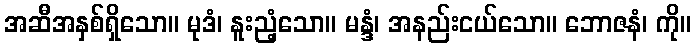
အဆီအနှစ်ရှိသော။ မုဒံ၊ နူးညံ့သော။ မန္ဒံ၊ အနည်းငယ်သော။ ဘောဇနံ၊ ကို။